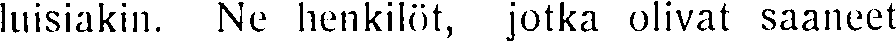
luisiakin. Ne henkilöt, jotka olivat saaneet